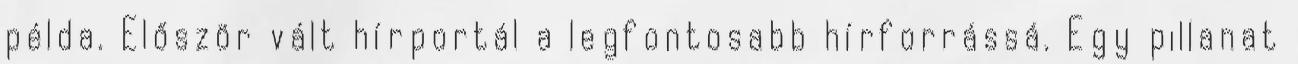
példa. Először vált hírportál a legfontosabb hírforrássá. Egy pillanat